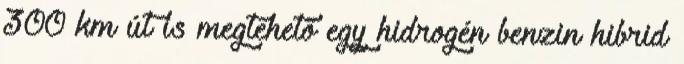
300 km út is megtehető egy hidrogén benzin hibrid